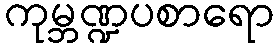
ကုမ္ဘဏ္ဍပစာရော